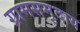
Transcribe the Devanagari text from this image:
ग्रामसमुदाय